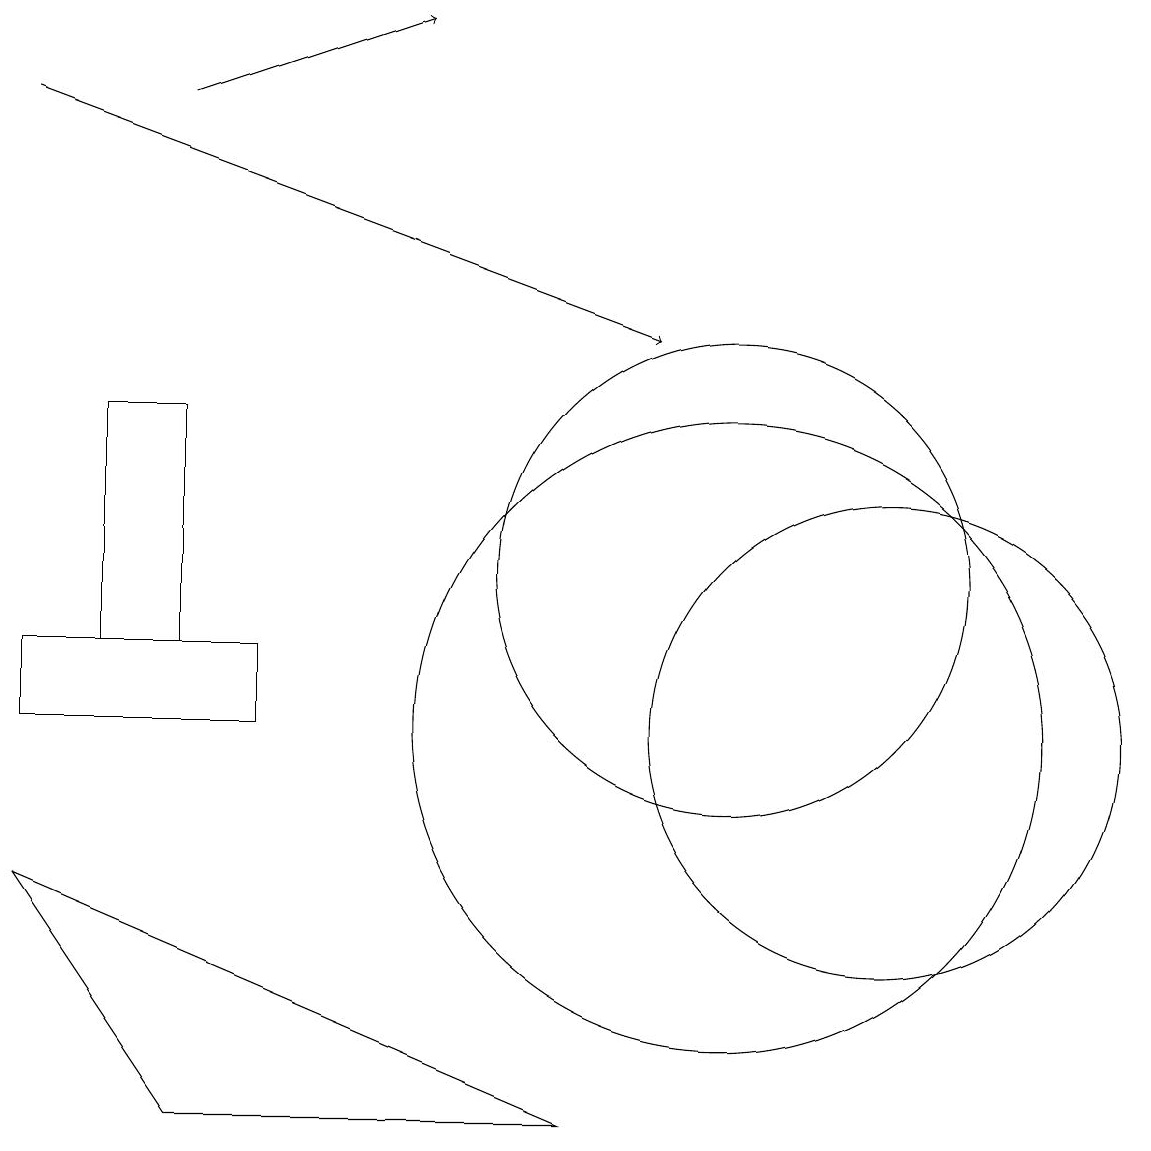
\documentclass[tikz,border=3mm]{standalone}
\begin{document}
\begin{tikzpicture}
\draw (3,11) rectangle (2,14);
\draw[->] (1,18) -- (9,15);
\draw (3,5) -- (8,5) -- (1,8) -- cycle;
\draw (4,10) rectangle (1,11);
\draw (12,10) circle (3);
\draw (10,10) circle (4);
\draw (10,12) circle (3);
\draw[->] (3,18) -- (6,19);
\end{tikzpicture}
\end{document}